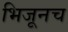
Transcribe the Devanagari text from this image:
भिजूनच